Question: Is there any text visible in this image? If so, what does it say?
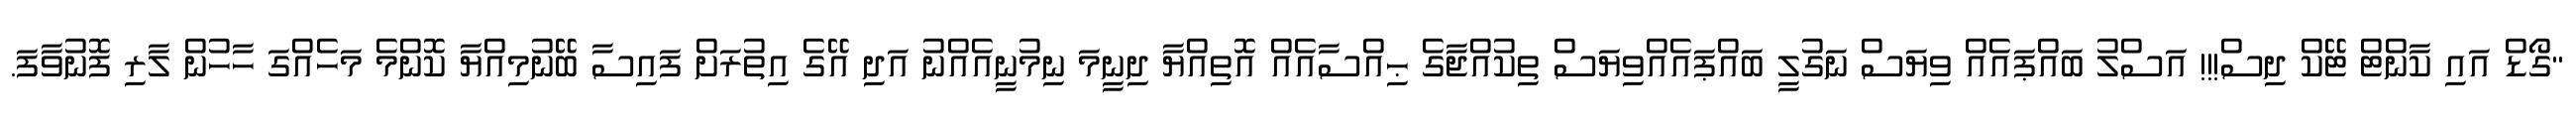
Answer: "ގޯޑް އައި ކާންޓް ޓޭކް ދިސް!!! އަސްލު ބައްޕައެއް ވިޔަސް ނަގުލީ ބައްޕައެއްވިޔަސް ތިކުއްޖާގެ ޙިއްސާއެއް އޮތިއްޔާ ދިނީމަ ނިމުނީއެއްނު އަދި އޭގެ އިތުރަށް ފައިސާ ބޭނުމިއްޔާ ކޮންމެ މަހެއްގަ ހާހުން ލާރި ފޮނުވާފަ.